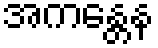
အကန္တေန